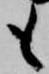
も